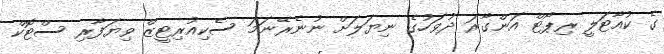
ގެ ކުއާޓަލީ ރިޕޯޓް އަންގާރަ ދުވަހުގެ ނިޔަލަށް ނުނެރޭނަމަ ސެކިއުރިޓީޒް ވިޔަފާރި ސްޓޮކް